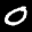
Label: 0